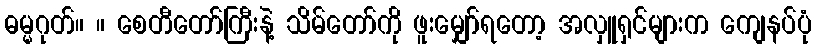
ဓမ္မဂုတ်။ ။ စေတီတော်ကြီးနဲ့ သိမ်တော်ကို ဖူးမျှော်ရတော့ အလှူရှင်များက ကျေနပ်ပုံ